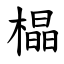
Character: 橸